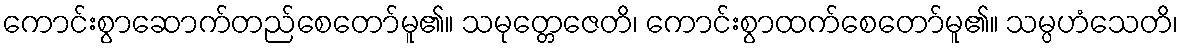
ကောင်းစွာဆောက်တည်စေတော်မူ၏။ သမုတ္တေဇေတိ၊ ကောင်းစွာထက်စေတော်မူ၏။ သမ္ပဟံသေတိ၊